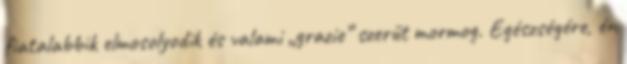
fiatalabbik elmosolyodik és valami „grazie” szerűt mormog. Egészségére, én